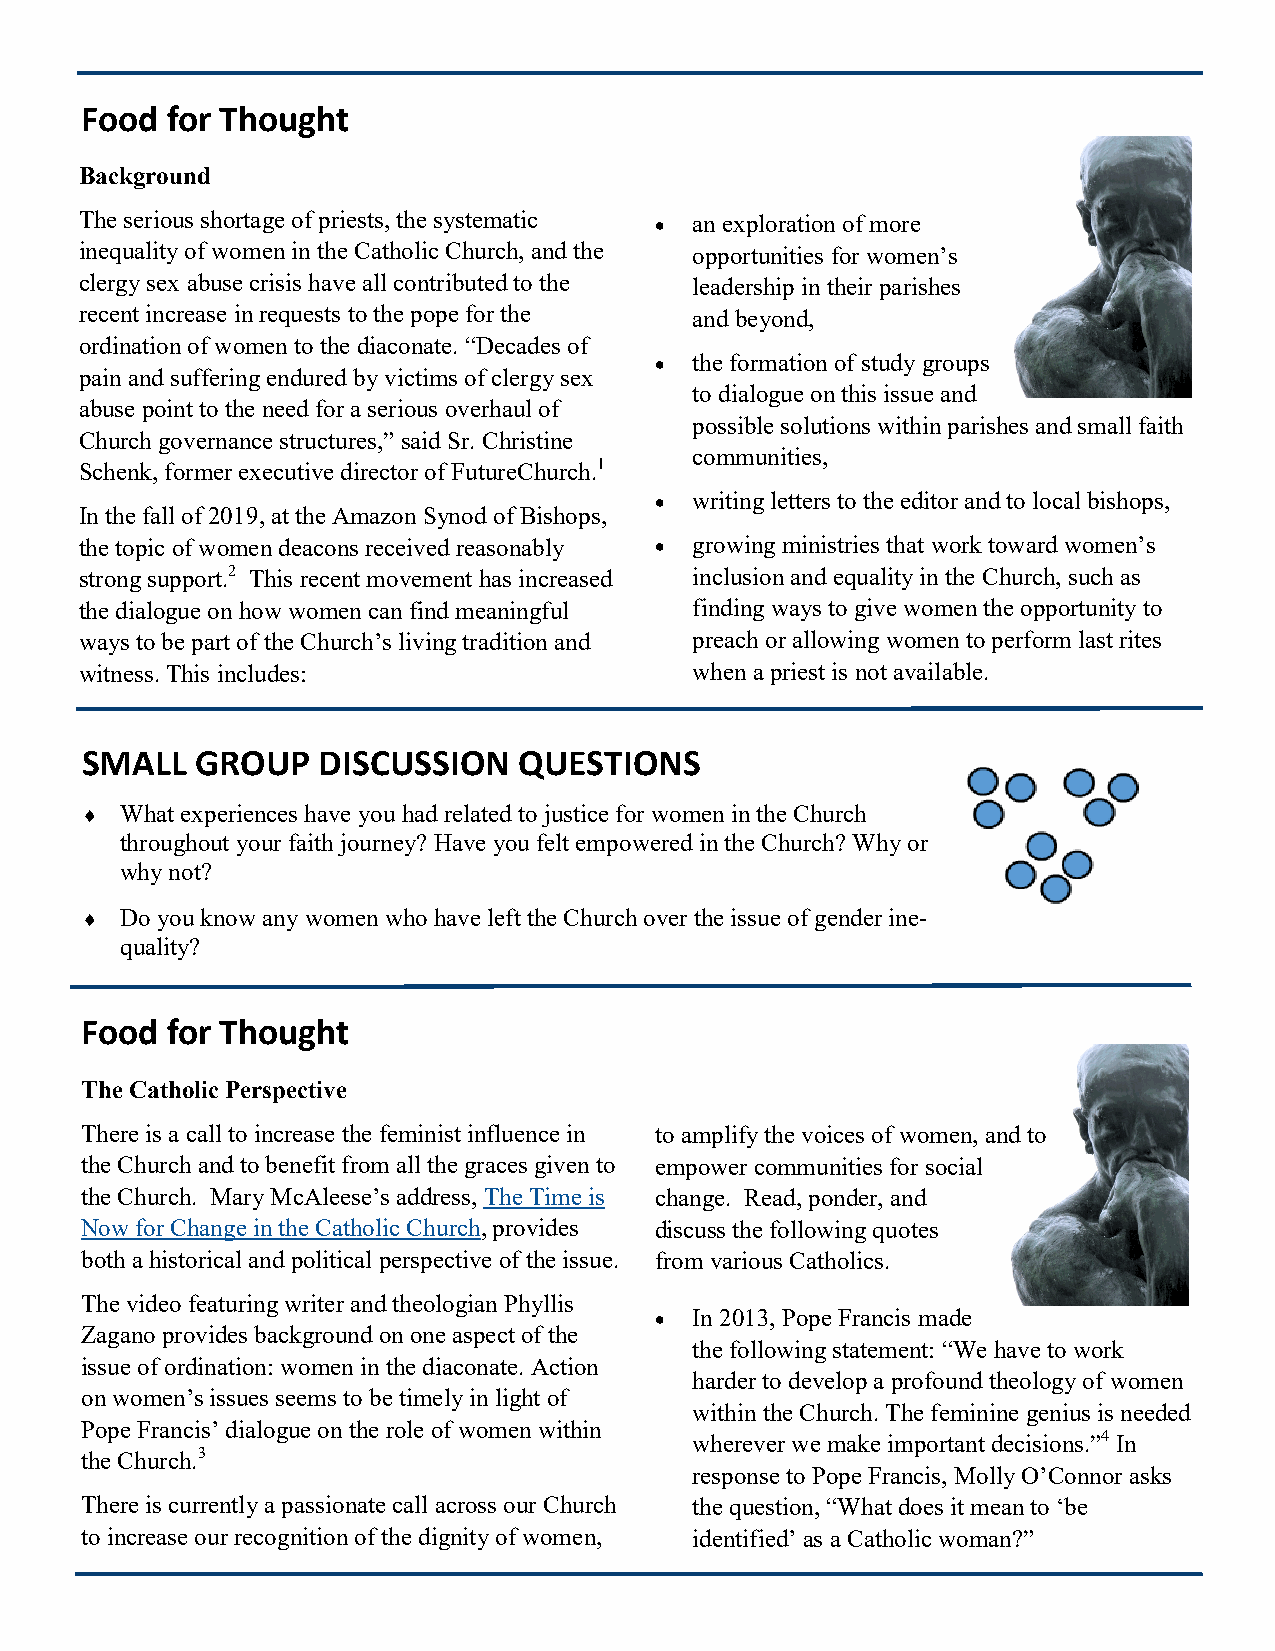
Food  for Thought
 Background
 The serious shortage of priests, the systematic • an exploration of more
 inequality of women in the Catholic Church, and the opportunities for women’s
 clergy sex abuse crisis have all contributed to the leadership in their parishes
 recent increase in requests to the pope for the and beyond,
 ordination of women to the diaconate. “Decades of
 •  the formation of study groups
 pain and suffering endured by victims of clergy sex
 to dialogue on this issue and
 abuse point to the need for a serious overhaul of
 possible solutions within parishes and small faith
 Church governance structures,” said Sr. Christine
 communities,
 Schenk, former executive director of FutureChurch.1
 •  writing letters to the editor and to local bishops,
 In the fall of 2019, at the Amazon Synod of Bishops,
 the topic of women deacons received reasonably • growing ministries that work toward women’s
 strong support.2 This recent movement has increased inclusion and equality in the Church, such as
 the dialogue on how women can find meaningful finding ways to give women the opportunity to
 ways to be part of the Church’s living tradition and preach or allowing women to perform last rites
 witness. This includes:                  when a priest is not available.
 SMALL   GROUP   DISCUSSION   QUESTIONS
   What experiences have you had related to justice for women in the Church
 throughout your faith journey? Have you felt empowered in the Church? Why or
 why not?
   Do you know any women who have left the Church over the issue of gender ine-
 quality?
 Food  for Thought
 The Catholic Perspective
 There is a call to increase the feminist influence in to amplify the voices of women, and to
 the Church and to benefit from all the graces given to empower communities for social
 the Church. Mary McAleese’s address, The Time is change. Read, ponder, and
 Now for Change in the Catholic Church, provides discuss the following quotes
 both a historical and political perspective of the issue. from various Catholics.
 The video featuring writer and theologian Phyllis
 •  In 2013, Pope Francis made
 Zagano provides background on one aspect of the
 the following statement: “We have to work
 issue of ordination: women in the diaconate. Action
 harder to develop a profound theology of women
 on women’s issues seems to be timely in light of
 within the Church. The feminine genius is needed
 Pope Francis’ dialogue on the role of women within
 wherever we make important decisions.”4 In
 the Church.3
 response to Pope Francis, Molly O’Connor asks
 There is currently a passionate call across our Church the question, “What does it mean to ‘be
 to increase our recognition of the dignity of women, identified’ as a Catholic woman?”